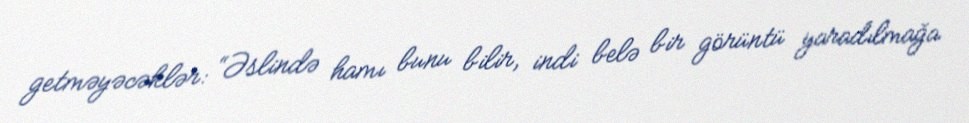
getməyəcəklər: “Əslində hamı bunu bilir, indi belə bir görüntü yaradılmağa